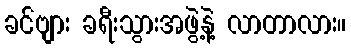
ခင်ဗျား ခရီးသွားအဖွဲ့နဲ့ လာတာလား။